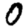
Digit: 0